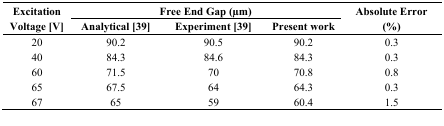
| <ROWSPAN=2> Excitation Voltage [V] | <COLSPAN=3> Free End Gap (μm) | <ROWSPAN=2> Absolute Error (%) |
 | Analytical [39] | Experiment [39] | Present work |
 | --- | --- | --- | --- | --- |
 | 20 | 90.2 | 90.5 | 90.2 | 0.3 |
 | 40 | 84.3 | 84.6 | 84.3 | 0.3 |
 | 60 | 71.5 | 70 | 70.8 | 0.8 |
 | 65 | 67.5 | 64 | 64.3 | 0.3 |
 | 67 | 65 | 59 | 60.4 | 1.5 |